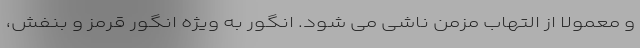
و معمولا از التهاب مزمن ناشی می شود. انگور به ویژه انگور قرمز و بنفش،